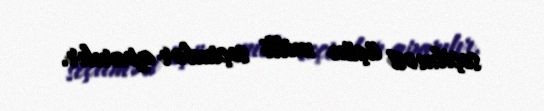
seçilməsi üçün milli seçimlər aparılır.